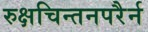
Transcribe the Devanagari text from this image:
रुक्षचिन्तनपरैर्न